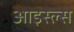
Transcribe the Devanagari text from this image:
आइस्ल्स